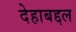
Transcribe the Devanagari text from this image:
देहाबद्दल